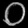
Digit: ၀